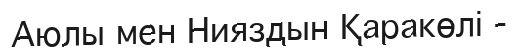
Аюлы мен Нияздын Қаракөлі -